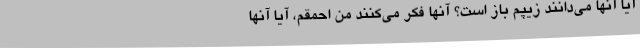
آیا آنها می‌دانند زیپم باز است؟ آنها فکر می‌کنند من احمقم، آیا آنها